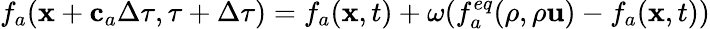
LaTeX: f_{a}(\mathbf{x}+\mathbf{c}_{a}\Delta\tau,\tau+\Delta\tau)=f_{a}(\mathbf{x},t)+\omega(f_{a}^{eq}(\rho,\rho\mathbf{u})-f_{a}(\mathbf{x},t))